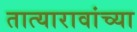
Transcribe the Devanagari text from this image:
तात्यारावांच्या